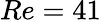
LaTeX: Re=41